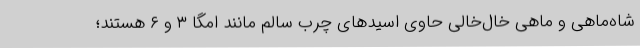
شاه‌ماهی و ماهی خال‌خالی حاوی اسیدهای چرب سالم مانند امگا ۳ و ۶ هستند؛